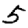
Digit: 5